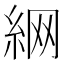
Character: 䋞